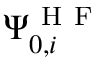
\Psi _ { 0 , i } ^ { \mathrm { ~ H ~ F ~ } }